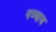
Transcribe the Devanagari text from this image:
नव्वाब